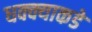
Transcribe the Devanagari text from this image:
धक्क्याकडे